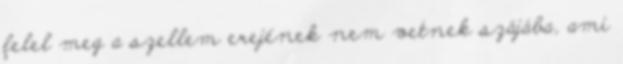
felel meg a szellem erejének nem vetnek szájába, ami